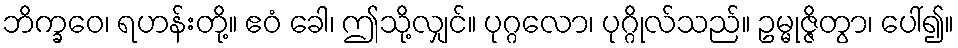
ဘိက္ခဝေ၊ ရဟန်းတို့။ ဧဝံ ခေါ၊ ဤသို့လျှင်။ ပုဂ္ဂလော၊ ပုဂ္ဂိုလ်သည်။ ဥမ္မုဇ္ဇိတွာ၊ ပေါ်၍။